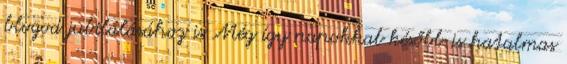
blogod jubilálásához is Még így napokkal később is hatalmas